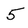
Character: 5